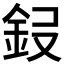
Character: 𮡭